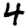
Digit: 4